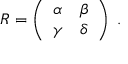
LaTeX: R = \left( \begin{array} { c c } { { \alpha } } & { { \beta } } \\ { { \gamma } } & { { \delta } } \end{array} \right) \; .